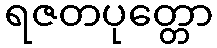
ရဇတပုတ္တော